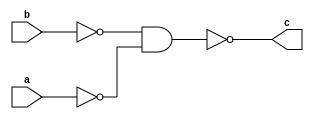
module OR_GATE_LEVEL(c,a,b);
input a,b;
output c;
wire d,e;
nand(d,a,a);
nand(e,b,b);
nand(c,e,d);
endmodule